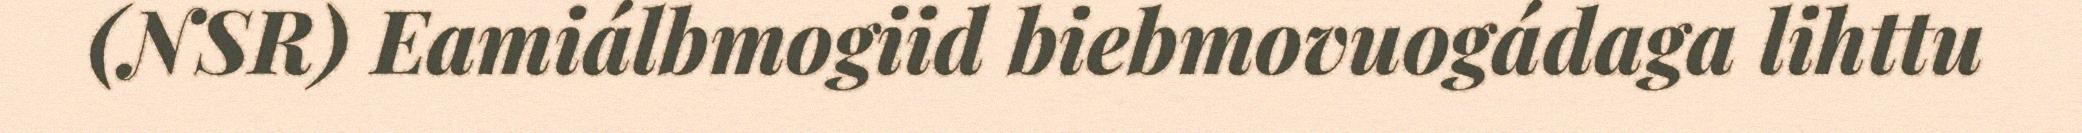
(NSR) Eamiálbmogiid biebmovuogádaga lihttu